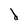
Character: d